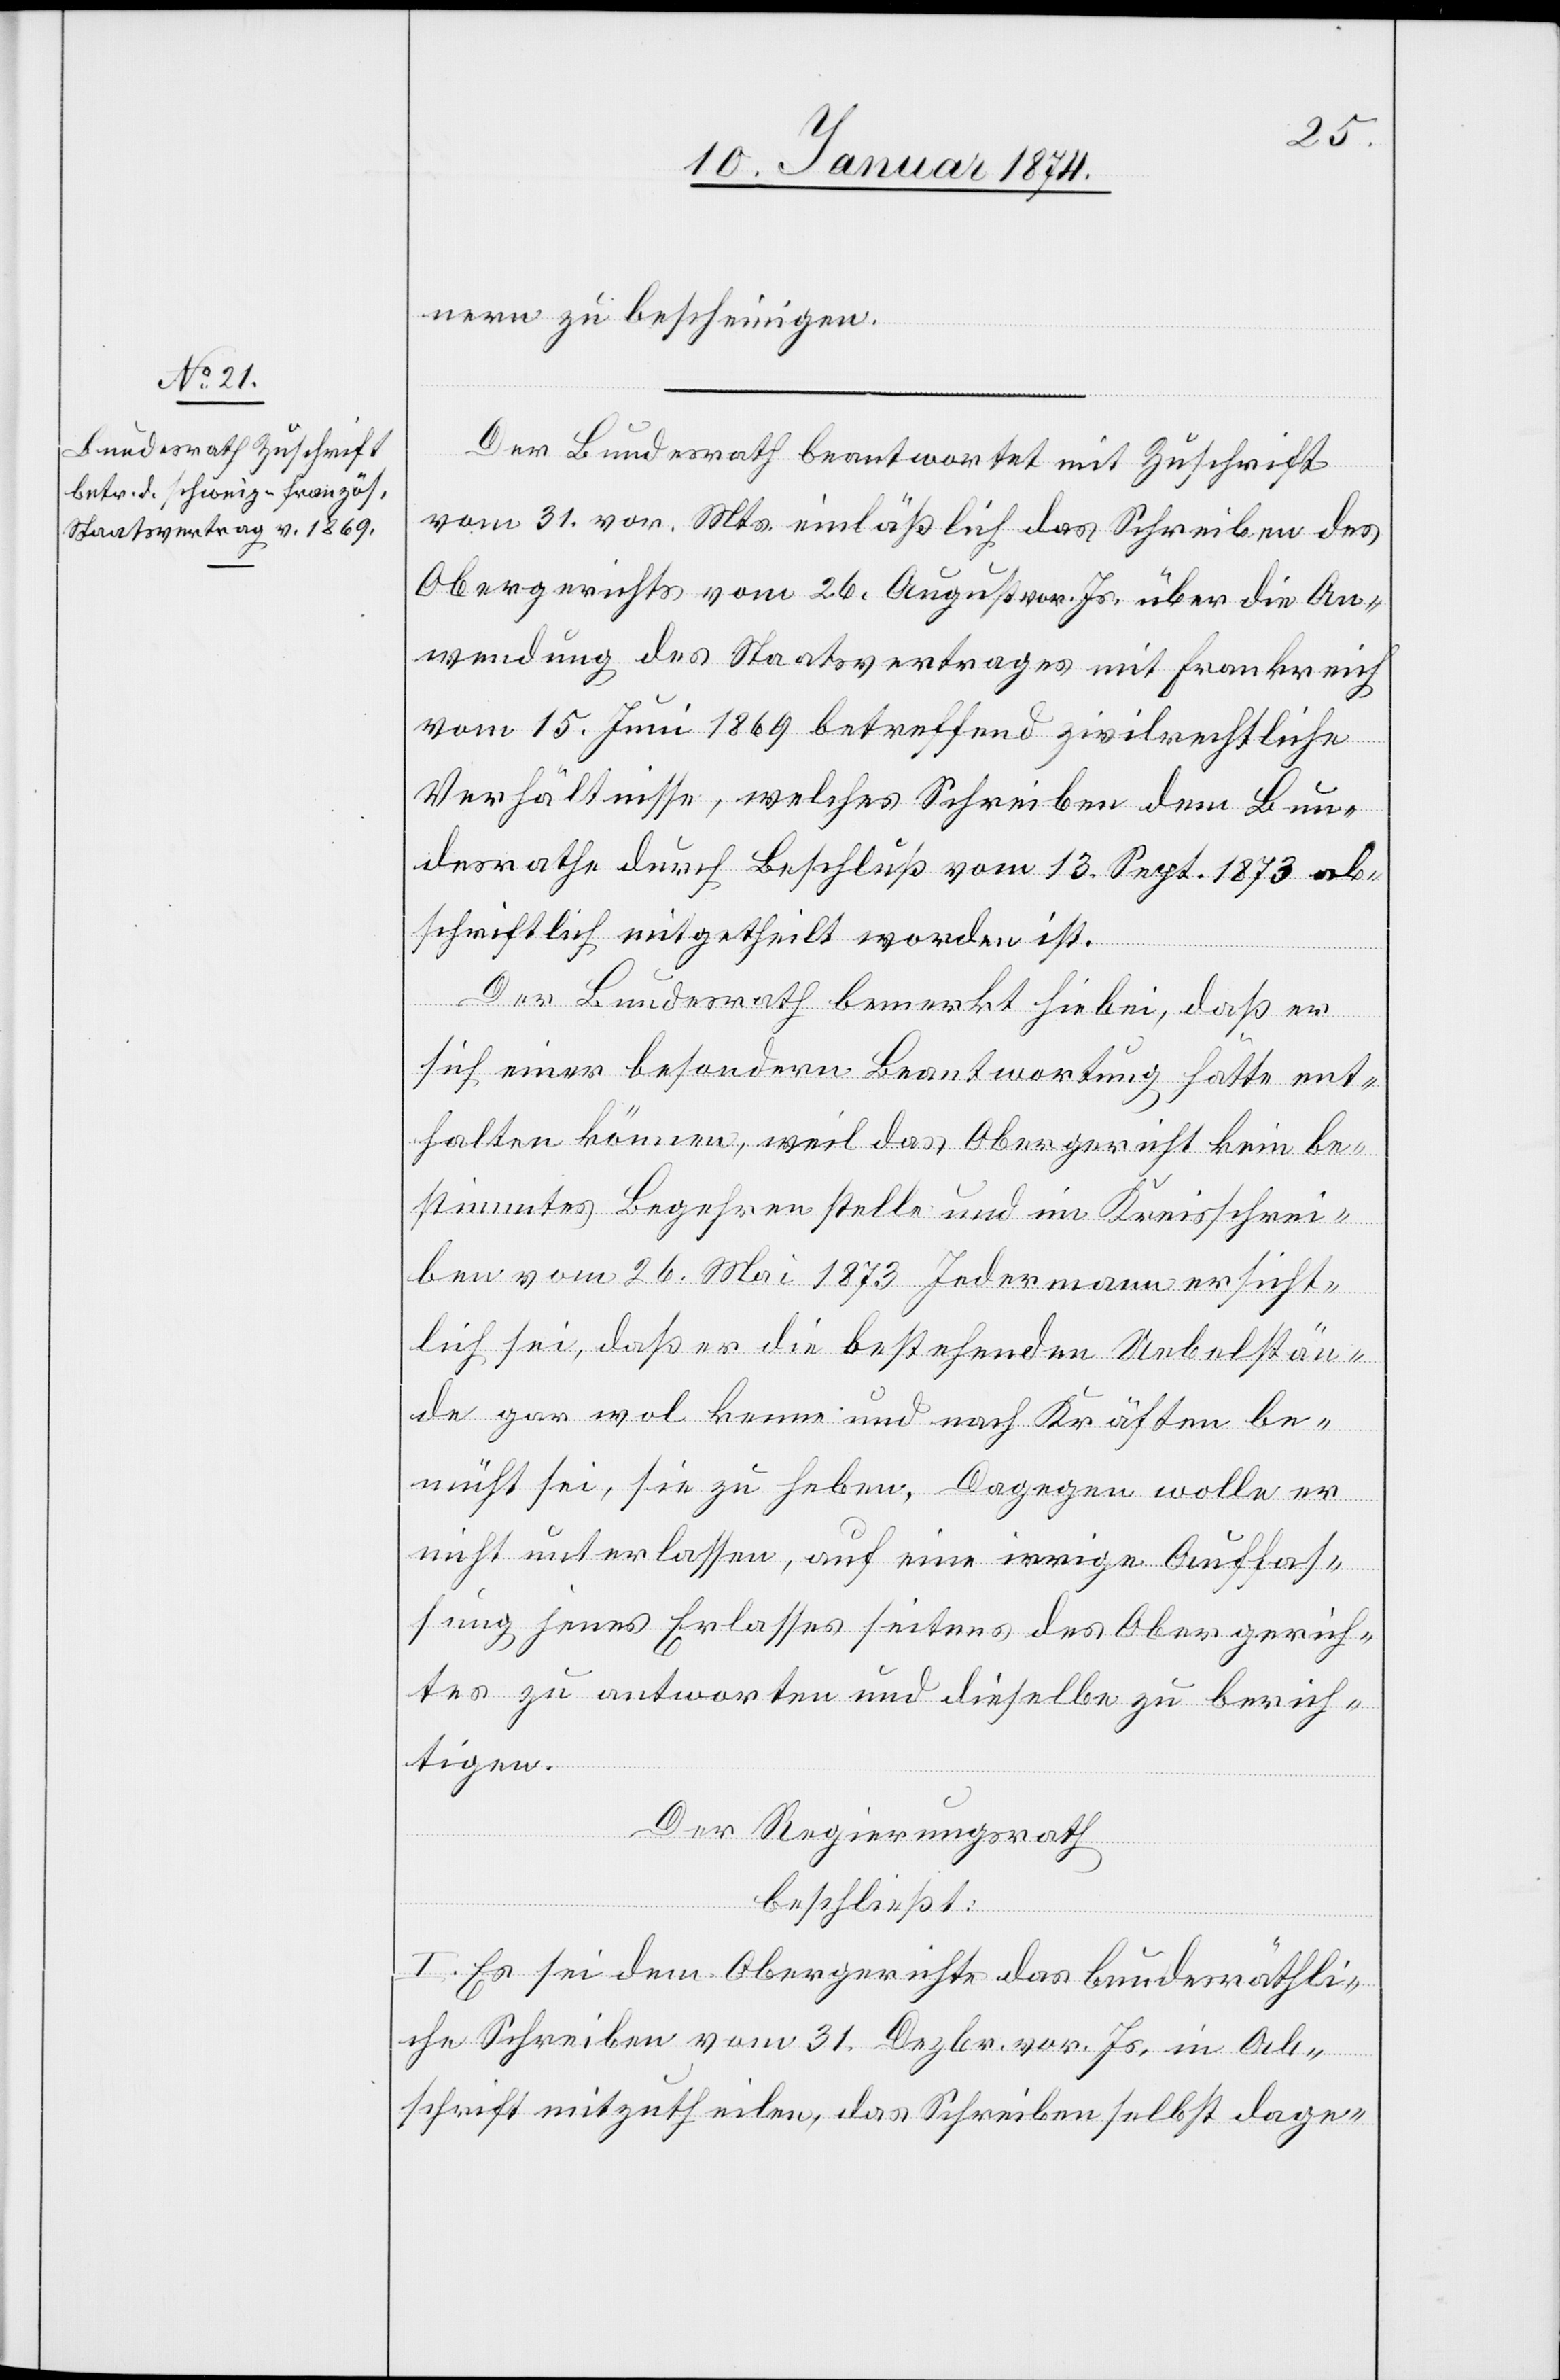
nern zu bescheinigen.
Der Bundesrath beantwortet mit Zuschrift
vom 31. vor. Mts. einläßlich des Schreiben[s] des
Obergerichtes vom 26. August vor. Js. über die An¬
wendung des Staatsvertrages mit Frankreich
vom 15. Juni 1869 betreffend zivilrechtliche
Verhältnisse, welches Schreiben dem Bun¬
desrath durch Beschluß vom 13. Sept. 1873 ab¬
schriftlich mitgetheilt worden ist.
Der Bundesrath bemerkt hiebei, daß er
sich einer besondern Beantwortung hätte ent¬
halten können, weil das Obergericht kein be¬
stimmtes Begehren stelle und im Kreisschrei¬
ben vom 26. Mai 1873 Jedermann ersicht¬
lich sei, daß es die bestehenden Uebelstän¬
de gar wol kenne und nach Kräften be¬
müht sei, sie zu heben. Dagegen wolle er
nicht unterlassen, auf eine irrige Auffas¬
sung jenes Erlasses seitens des Obergerich¬
tes zu antworten und dieselbe zu berich¬
tigen.
Der Regierungsrath
beschließt:
I. Es sei dem Obergerichte das bundesräthli¬
che Schreiben vom 31. Dezbr. vor. Js. in Ab¬
schrift mitzutheilen, das Schreiben selbst dage-